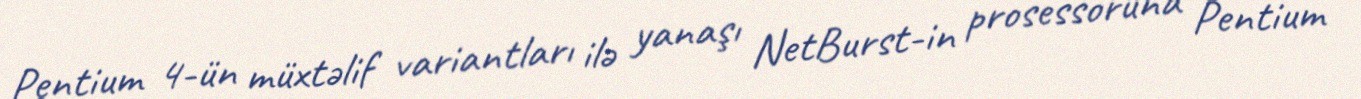
Pentium 4-ün müxtəlif variantları ilə yanaşı NetBurst-in prosessoruna Pentium